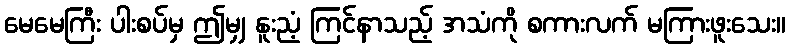
မေမေကြီး ပါးစပ်မှ ဤမျှ နူးညံ့ ကြင်နာသည့် အသံကို စကားလက် မကြားဖူးသေး။